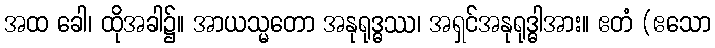
အထ ခေါ၊ ထိုအခါ၌။ အာယသ္မတော အနုရုဒ္ဓဿ၊ အရှင်အနုရုဒ္ဓါအား။ ဧတံ (ဧသော